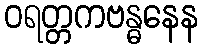
ဝရတ္တကဗန္ဓနေန